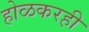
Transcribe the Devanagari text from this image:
होळकरही